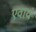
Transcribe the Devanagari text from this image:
एवायं